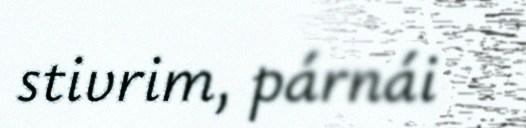
stivrim, párnái